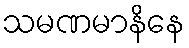
သမဏမာနိနေ